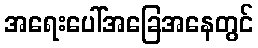
အရေးပေါ်အခြေအနေတွင်